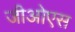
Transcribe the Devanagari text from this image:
जीओएस